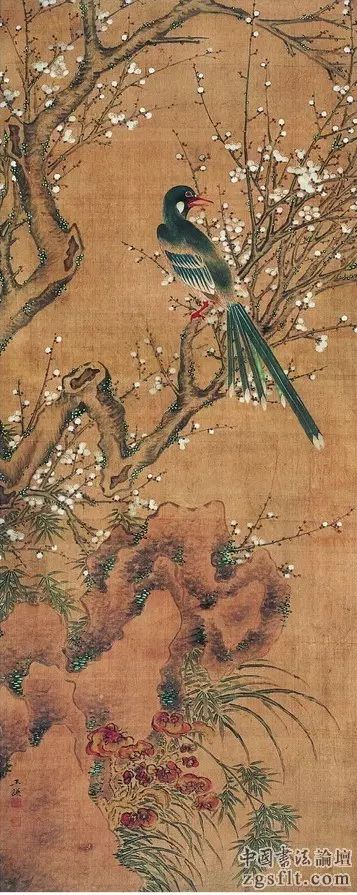
还与去年人，共藉西湖草。